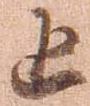
追